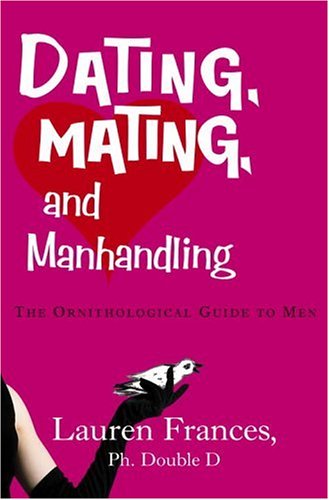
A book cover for Dating, Mating, and Manhandling: The Ornithological Guide to Men; Lauren Frances; Self-Help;